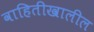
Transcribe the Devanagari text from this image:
वाहितीखालील